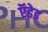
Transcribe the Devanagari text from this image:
ऍडेड